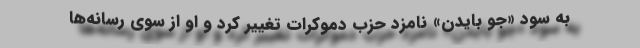
به سود «جو بایدن» نامزد حزب دموکرات تغییر کرد و او از سوی رسانه‌ها